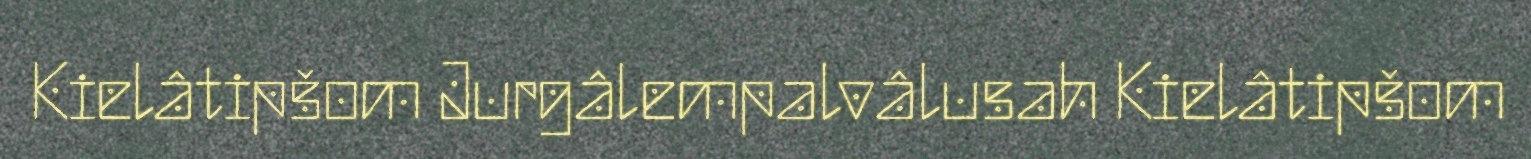
Kielâtipšom Jurgâlempalvâlusah Kielâtipšom